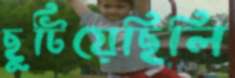
ছুটিয়েছিলি